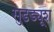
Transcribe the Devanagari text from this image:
सुडड्यूश